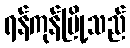
ရန်ကုန်မြို့သည်